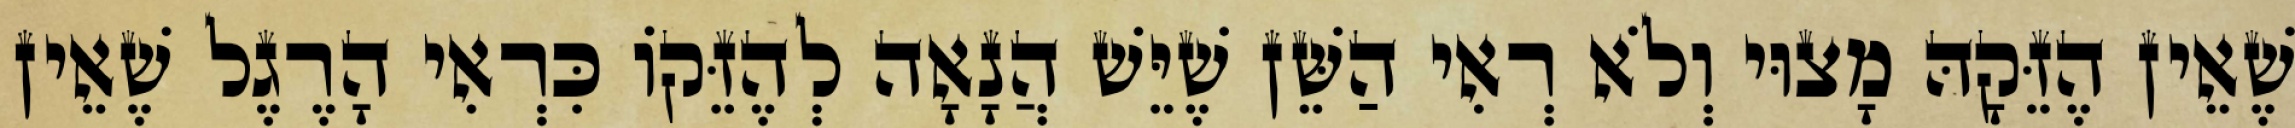
שֶׁאֵין הֶזֵּקָהּ מָצוּי וְלֹא רְאִי הַשֵּׁן שֶׁיֵּשׁ הֲנָאָה לְהֶזֵּקוֹ כִּרְאִי הָרֶגֶל שֶׁאֵין